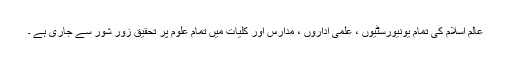
عالمِ اسلام کی تمام یونیورسٹیوں ، علمی اداروں ، مدارس اور کلیات میں تمام علوم پر تحقیق زور شور سے جاری ہے ۔